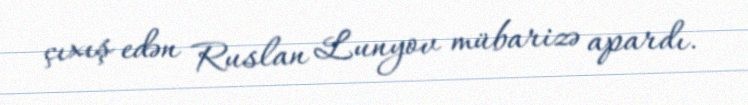
çıxış edən Ruslan Lunyov mübarizə apardı.